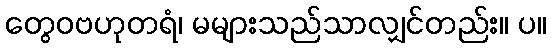
တွေဝဗဟုတရံ၊ မများသည်သာလျှင်တည်း။ ပ။